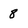
Character: 8